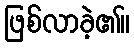
ဖြစ်လာခဲ့၏။